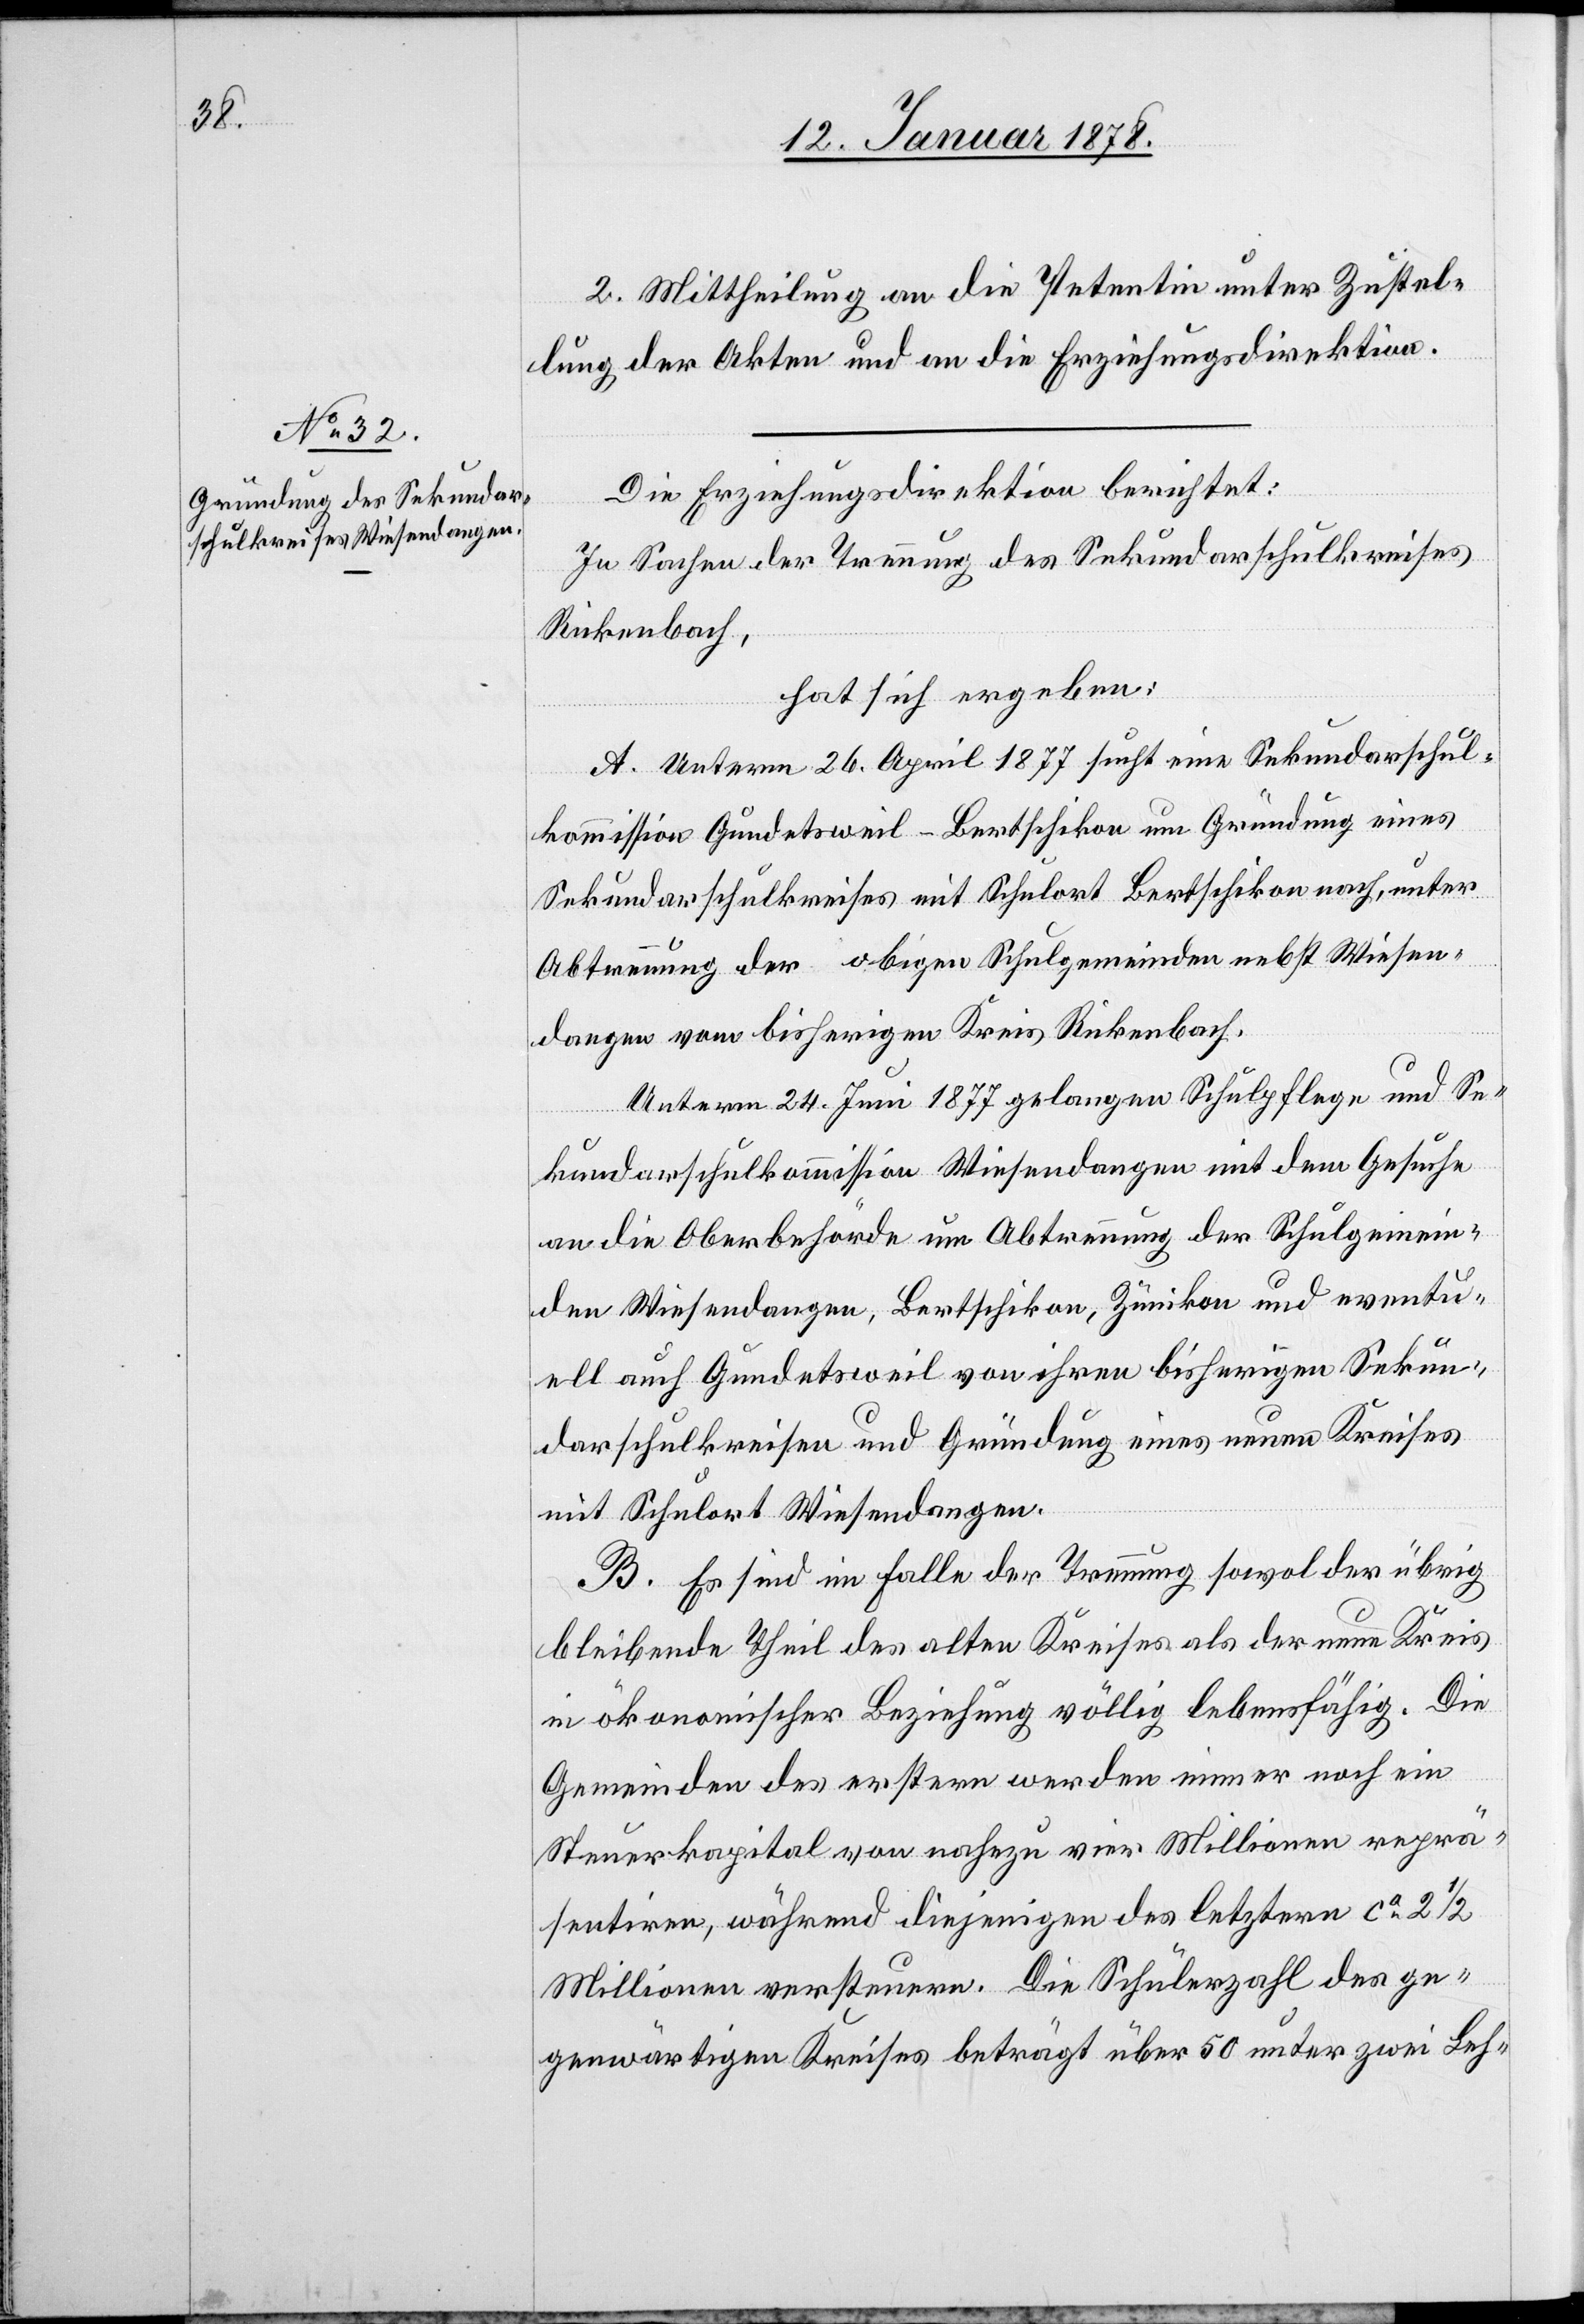
2. Mittheilung an die Petentin unter Zustel¬
lung der Akten und an die Erziehungsdirektion.
Die Erziehungsdirektion berichtet:
In Sachen der Trennung des Sekundarschulkreises
Rickenbach,
hat sich ergeben:
A. Unterm 26. April 1877 sucht eine Sekundarschul¬
kommission Gundetsweil-Bertschikon um Gründung eines
Sekundarschulkreises mit Schulort Bertschikon nach, unter
Abstimmung der obigen Schulgemeinden nebst Wiesen¬
dangen vom bisherigen Kreis Rickenbach.
Unterm 24. Juni 1877 gelangen Schulpflege und Se¬
kundarschulkommission Wiesendangen mit dem Gesuche
an die Oberbehörde um Abtretung der Schulgemein¬
den Wiesendangen, Bertschikon, Zumikon und eventu¬
ell auch Gundetsweil von ihren bisherigen Sekun¬
darschulkreisen und Gründung eines neuen Kreises
mit Schulort Wiesendangen.
B. Es sind im Falle der Trennung sowol der übrig
bleibende Theil des alten Kreises als der neue Kreis
in ökonomischer Beziehung völlig lebensfähig. Die
Gemeinden des erstern werden immer noch ein
Steuerkapital von nahezu vier Millionen reprä¬
sentiren, während diejenigen des letztern ca 2 1/2
Millionen versteuern. Die Schülerzahl des ge¬
genwärtigen Kreises beträgt über 50 unter zwei Leh-